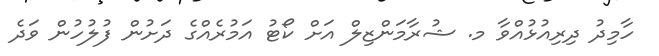
ހާމިދު ދިރިއުޅުއްވާ މ. ޝުރާމަންޒިލް އަށް ކޯޓު އަމުރެއްގެ ދަށުން ފުލުހުން ވަދެ